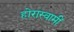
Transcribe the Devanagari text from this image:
होरास्वामीं